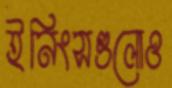
ইনিংসগুলোও